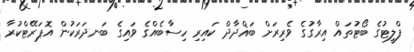
ފްލީޓުގެ ބޯޓުތައް އިރާގުގެ ވެރިރަށް ބަޣްދާދް ކައިރި ހިސާބެއްގެ ވައިގެ ބަނދަރަކުން އޮޕަރޭޓްކުރާ